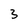
Character: 3